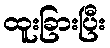
ထူးခြားပြီး